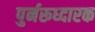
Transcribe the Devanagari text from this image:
पुर्नरूध्दारक